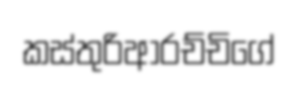
කස්තුරිආරච්චිගේ